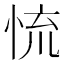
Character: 㤺